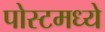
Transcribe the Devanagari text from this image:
पोस्टमध्ये